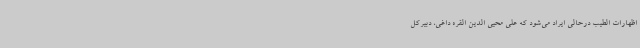
اظهارات الطیب درحالی ایراد می‌شود که علی محیی الدین القره داغی، دبیرکل